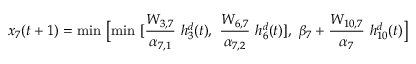
x _ { 7 } ( t + 1 ) = \mathrm { m i n ~ } \bigl [ \mathrm { m i n ~ } [ \frac { W _ { 3 , 7 } } { \alpha _ { 7 , 1 } } \mathrm { ~ } h _ { 3 } ^ { d } ( t ) , \mathrm { ~ } \frac { W _ { 6 , 7 } } { \alpha _ { 7 , 2 } } \mathrm { ~ } h _ { 6 } ^ { d } ( t ) ] , \mathrm { ~ } \beta _ { 7 } + \frac { W _ { 1 0 , 7 } } { \alpha _ { 7 } } \mathrm { ~ } h _ { 1 0 } ^ { d } ( t ) \bigr ]